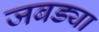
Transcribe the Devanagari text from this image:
जबड्या